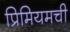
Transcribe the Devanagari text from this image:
प्रिमियमची